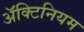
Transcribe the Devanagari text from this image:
अॅक्टिनियम